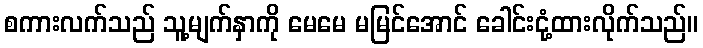
စကားလက်သည် သူ့မျက်နှာကို မေမေ မမြင်အောင် ခေါင်းငုံ့ထားလိုက်သည်။